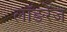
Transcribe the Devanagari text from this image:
लॉङरेंज